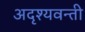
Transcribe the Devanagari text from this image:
अदृश्यवन्ती